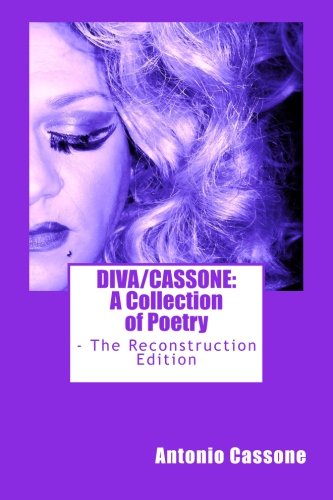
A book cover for Diva/Cassone: A Collection of Poetry - The Reconstruction Edition; Antonio Cassone; Gay & Lesbian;